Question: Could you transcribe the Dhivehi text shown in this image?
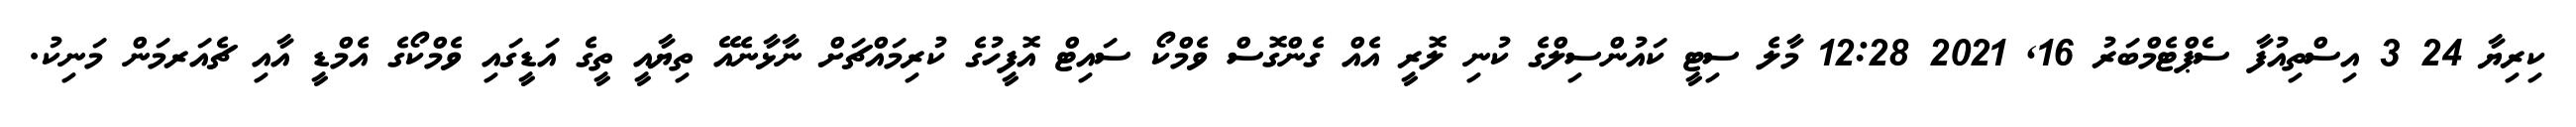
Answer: ކިރިޔާ 24 3 އިސްތިއުފާ ސެޕްޓެމްބަރު 16, 2021 12:28 މާލެ ސިޓީ ކައުންސިލްގެ ކުނި ލޮރީ އެއް ގެންގޮސް ވެމްކޯ ސައިޓް އޮފީހުގެ ކުރިމައްޗަށް ނާޅާނެއޭ ތިޔާއީ ތީގެ އަޑީގައި ވެމްކޯގެ އެމްޑީ އާއި ޗެއަރމަން މަނިކު.